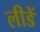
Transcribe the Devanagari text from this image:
लीडें